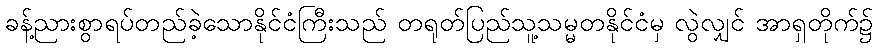
ခန့်ညားစွာရပ်တည်ခဲ့သောနိုင်ငံကြီးသည် တရုတ်ပြည်သူ့သမ္မတနိုင်ငံမှ လွဲလျှင် အာရှတိုက်၌